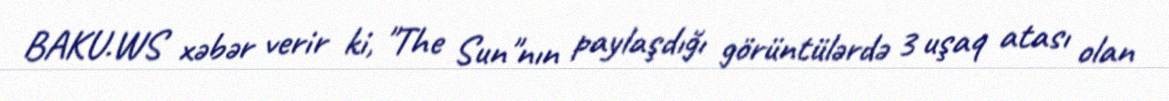
BAKU.WS xəbər verir ki, "The Sun"nın paylaşdığı görüntülərdə 3 uşaq atası olan